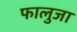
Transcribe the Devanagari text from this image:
फालुजा